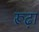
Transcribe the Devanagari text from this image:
रूढ़ा